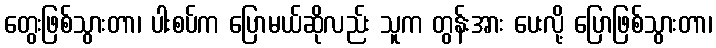
တွေးဖြစ်သွားတာ၊ ပါးစပ်က ပြောမယ်ဆိုလည်း သူက တွန်းအား ပေးလို့ ပြောဖြစ်သွားတာ၊